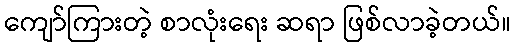
ကျော်ကြားတဲ့ စာလုံးရေး ဆရာ ဖြစ်လာခဲ့တယ်။